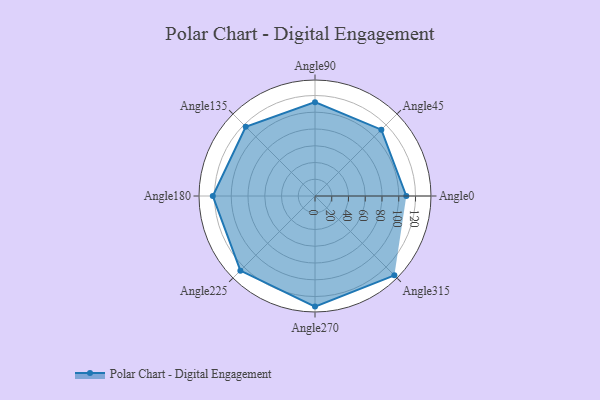
{"axis": {"x": "Angle", "y": "Radius"}, "legend": [""], "data": [{"x": "Angle0", "y": 109.0, "type": ""}, {"x": "Angle45", "y": 112.0, "type": ""}, {"x": "Angle90", "y": 112.0, "type": ""}, {"x": "Angle135", "y": 117.0, "type": ""}, {"x": "Angle180", "y": 122.0, "type": ""}, {"x": "Angle225", "y": 126.0, "type": ""}, {"x": "Angle270", "y": 132.0, "type": ""}, {"x": "Angle315", "y": 134.0, "type": ""}]}